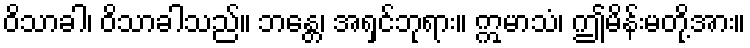
ဝိသာခါ၊ ဝိသာခါသည်။ ဘန္တေ၊ အရှင်ဘုရား။ ဣမာသံ၊ ဤမိန်းမတို့အား။